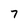
Character: 7